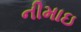
નીમાઇ